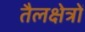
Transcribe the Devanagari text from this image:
तैलक्षेत्रों